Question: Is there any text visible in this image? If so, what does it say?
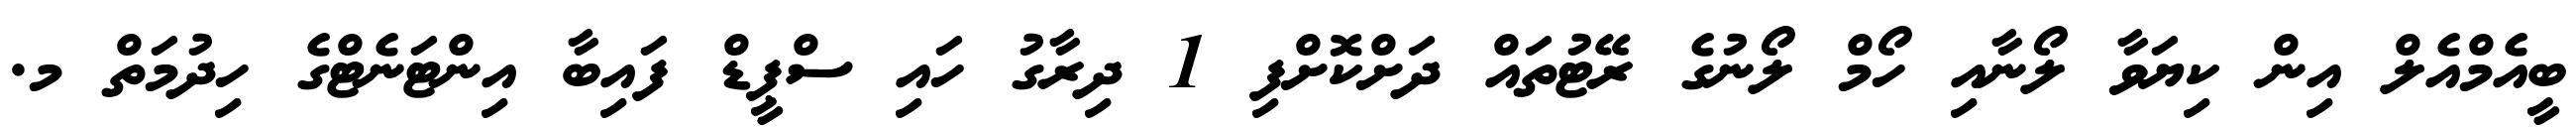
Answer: ބީއެމްއެލް އިން ކިޔަވާ ލޯނާއި ހޯމް ލޯނުގެ ރޭޓުތައް ދަށްކޮށްފި 1 ދިރާގު ހައި ސްޕީޑް ފައިބާ އިންޓަނެޓްގެ ހިދުމަތް މ.